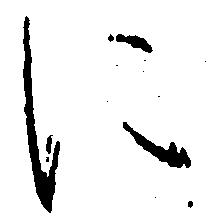
に